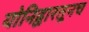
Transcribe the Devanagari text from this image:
योनिद्वारतूनच